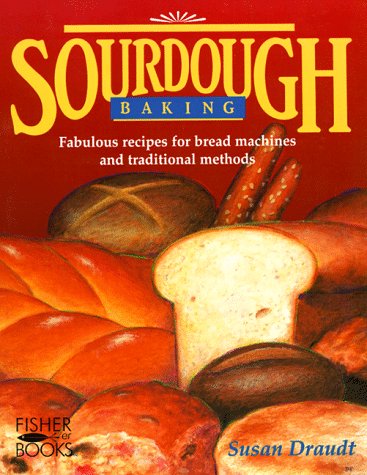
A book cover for Sourdough Baking; Susan Draudt; Cookbooks, Food & Wine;